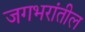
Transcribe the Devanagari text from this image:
जगभरांतील